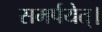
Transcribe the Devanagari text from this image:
समर्पयेत्।